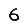
Digit: 6